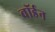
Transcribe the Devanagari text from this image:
वॉर्डन